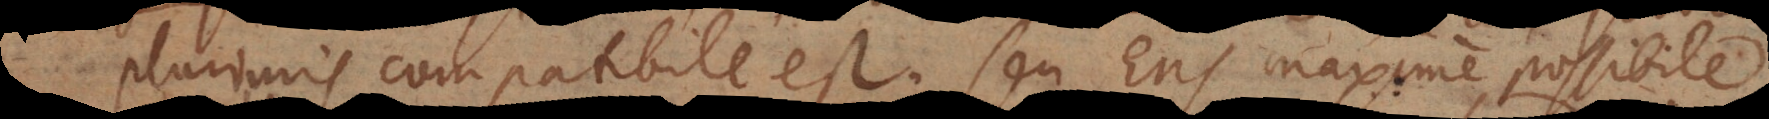
plurimis compatibile est; seu Ens maxime possibile.